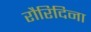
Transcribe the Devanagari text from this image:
रौरिदिना